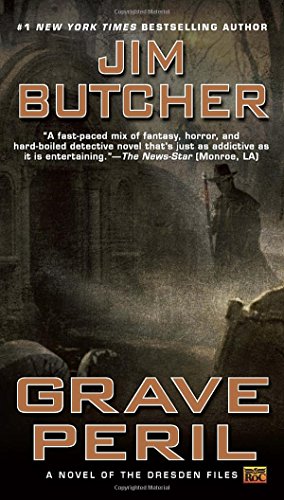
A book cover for Grave Peril (The Dresden Files, Book 3); Jim Butcher; Science Fiction & Fantasy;